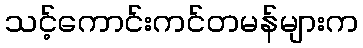
သင့်ကောင်းကင်တမန်များက